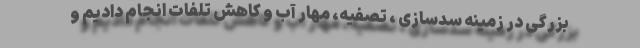
بزرگی در زمینه سدسازی ، تصفیه، مهار آب و کاهش تلفات انجام دادیم و